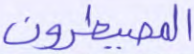
المصيطرون